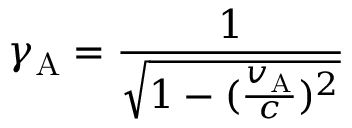
\gamma _ { \mathrm { A } } = { \frac { 1 } { \sqrt { 1 - ( { \frac { v _ { \mathrm { A } } } { c } } ) ^ { 2 } } } }